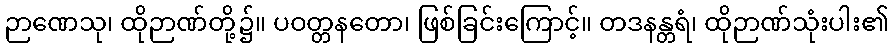
ဉာဏေသု၊ ထိုဉာဏ်တို့၌။ ပဝတ္တနတော၊ ဖြစ်ခြင်းကြောင့်။ တဒနန္တရံ၊ ထိုဉာဏ်သုံးပါး၏